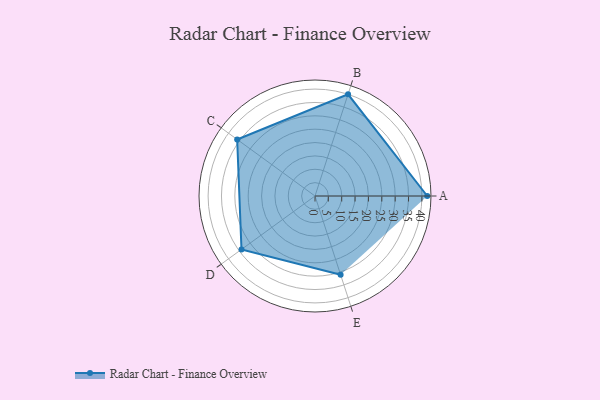
{"axis": {"x": "Skill", "y": "Score"}, "legend": ["Profile"], "data": [{"x": "A", "y": 42.0, "type": "Profile"}, {"x": "B", "y": 40.0, "type": "Profile"}, {"x": "C", "y": 36.0, "type": "Profile"}, {"x": "D", "y": 34.0, "type": "Profile"}, {"x": "E", "y": 31.0, "type": "Profile"}]}